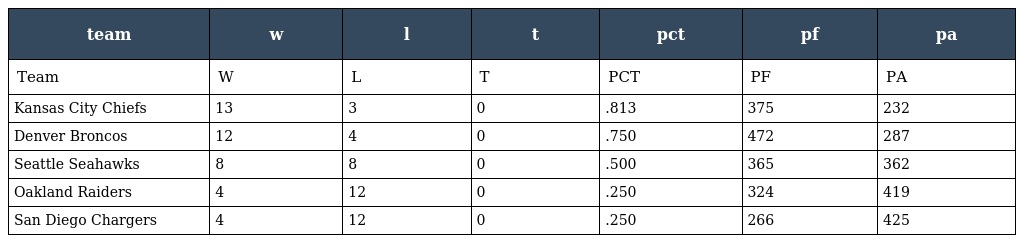
| team | w | l | t | pct | pf | pa |
 | --- | --- | --- | --- | --- | --- | --- |
 | Team | W | L | T | PCT | PF | PA |
 | Kansas City Chiefs | 13 | 3 | 0 | .813 | 375 | 232 |
 | Denver Broncos | 12 | 4 | 0 | .750 | 472 | 287 |
 | Seattle Seahawks | 8 | 8 | 0 | .500 | 365 | 362 |
 | Oakland Raiders | 4 | 12 | 0 | .250 | 324 | 419 |
 | San Diego Chargers | 4 | 12 | 0 | .250 | 266 | 425 |